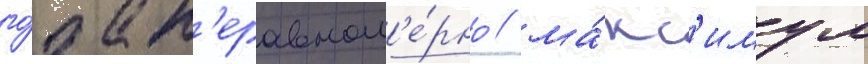
го́да н'еравном'е́рно / ма́кс'имум